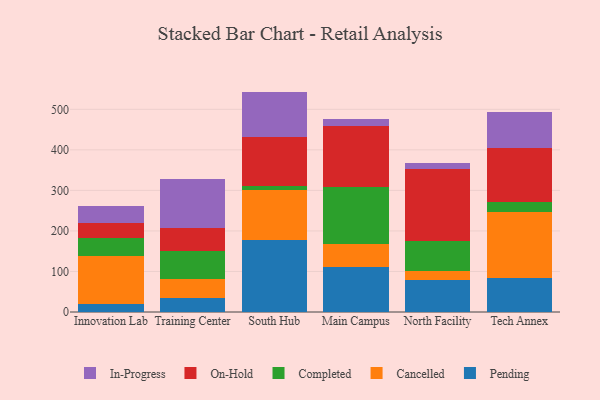
{"axis": {"x": "Campus", "y": "Backlog"}, "legend": ["Cancelled", "Completed", "In-Progress", "On-Hold", "Pending"], "data": [{"x": "Innovation Lab", "y": 20.4, "type": "Pending"}, {"x": "Innovation Lab", "y": 117.0, "type": "Cancelled"}, {"x": "Innovation Lab", "y": 44.5, "type": "Completed"}, {"x": "Innovation Lab", "y": 38.5, "type": "On-Hold"}, {"x": "Innovation Lab", "y": 40.4, "type": "In-Progress"}, {"x": "Training Center", "y": 34.5, "type": "Pending"}, {"x": "Training Center", "y": 46.9, "type": "Cancelled"}, {"x": "Training Center", "y": 68.2, "type": "Completed"}, {"x": "Training Center", "y": 58.6, "type": "On-Hold"}, {"x": "Training Center", "y": 120.8, "type": "In-Progress"}, {"x": "South Hub", "y": 177.9, "type": "Pending"}, {"x": "South Hub", "y": 123.7, "type": "Cancelled"}, {"x": "South Hub", "y": 9.7, "type": "Completed"}, {"x": "South Hub", "y": 121.3, "type": "On-Hold"}, {"x": "South Hub", "y": 111.1, "type": "In-Progress"}, {"x": "Main Campus", "y": 109.9, "type": "Pending"}, {"x": "Main Campus", "y": 57.8, "type": "Cancelled"}, {"x": "Main Campus", "y": 141.2, "type": "Completed"}, {"x": "Main Campus", "y": 148.8, "type": "On-Hold"}, {"x": "Main Campus", "y": 19.4, "type": "In-Progress"}, {"x": "North Facility", "y": 78.8, "type": "Pending"}, {"x": "North Facility", "y": 22.1, "type": "Cancelled"}, {"x": "North Facility", "y": 74.7, "type": "Completed"}, {"x": "North Facility", "y": 176.0, "type": "On-Hold"}, {"x": "North Facility", "y": 14.8, "type": "In-Progress"}, {"x": "Tech Annex", "y": 83.9, "type": "Pending"}, {"x": "Tech Annex", "y": 162.7, "type": "Cancelled"}, {"x": "Tech Annex", "y": 25.8, "type": "Completed"}, {"x": "Tech Annex", "y": 133.0, "type": "On-Hold"}, {"x": "Tech Annex", "y": 87.9, "type": "In-Progress"}]}